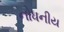
નોધનીય